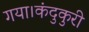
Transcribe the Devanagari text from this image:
गया।कंदुकुरी